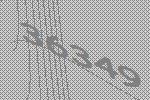
36349